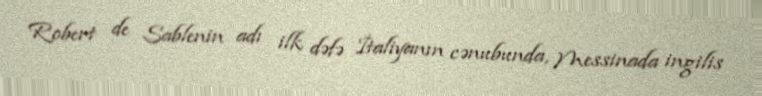
Robert de Sablenin adı ilk dəfə İtaliyanın cənubunda, Messinada ingilis